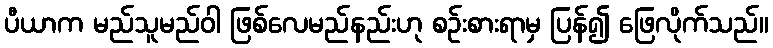
ပီယာက မည်သူမည်ဝါ ဖြစ်လေမည်နည်းဟု စဉ်းစားရာမှ ပြန်၍ ဖြေလိုက်သည်။